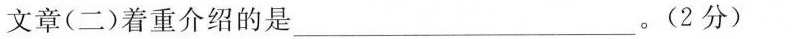
文章（二）着重介绍的是\underline。（2分）